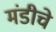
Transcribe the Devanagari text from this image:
मंडीचे